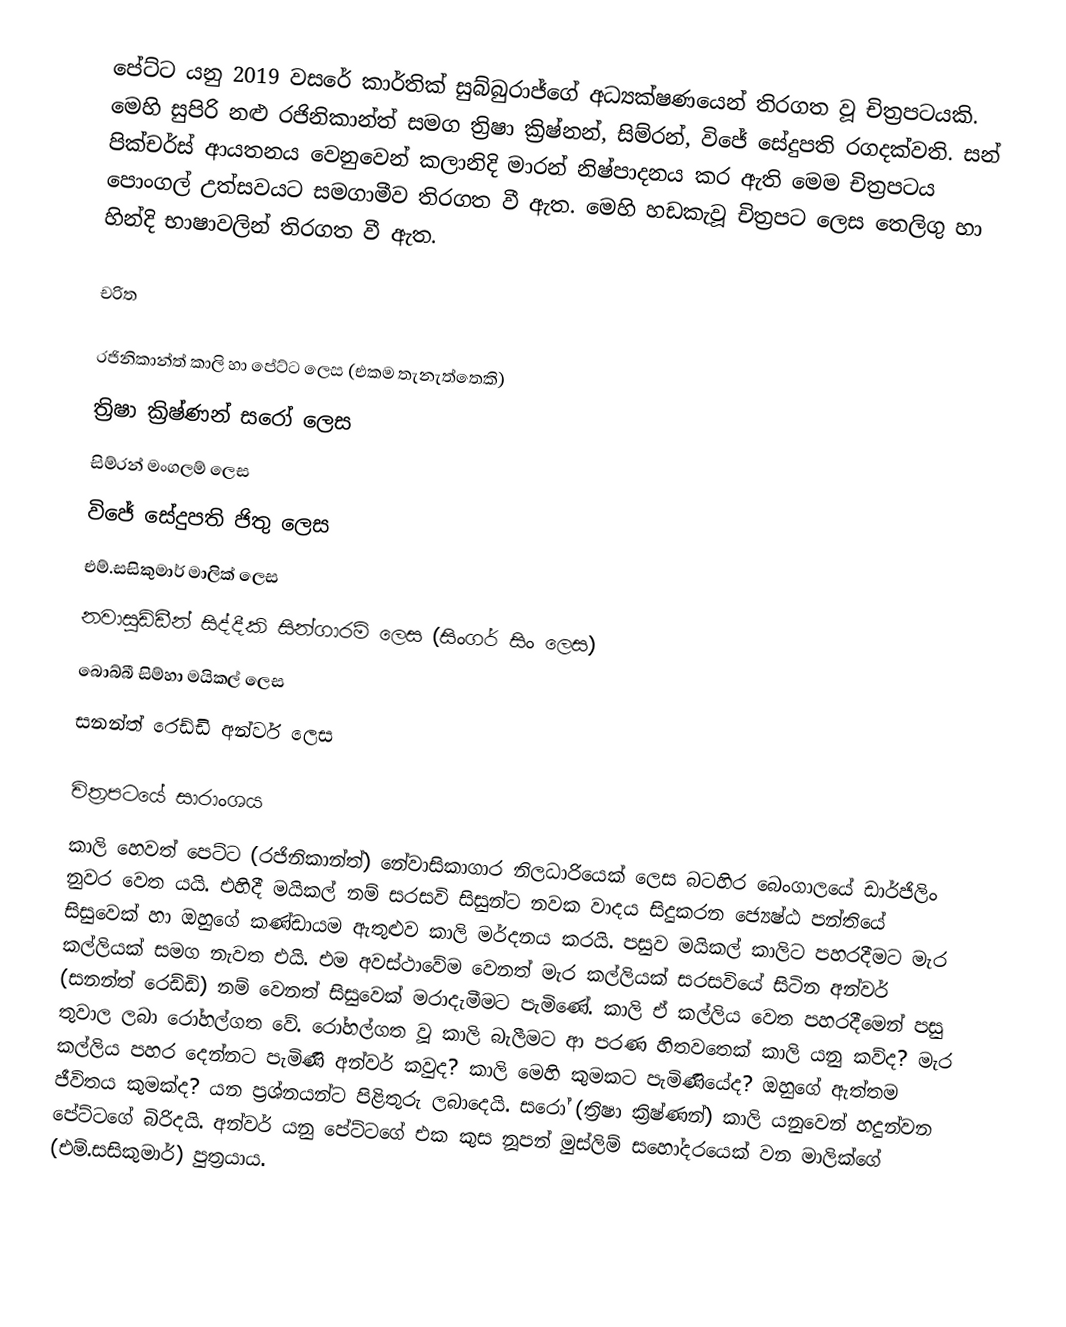
පේට්ට යනු 2019 වසරේ කාර්තික් සුබ්බුරාජ්ගේ අධ්‍යක්ෂණයෙන් තිරගත වූ චිත්‍රපටයකි. මෙහි සුපිරි නළු රජිනිකාන්ත් සමග ත්‍රිෂා ක්‍රිෂ්නන්, සිම්රන්, විජේ සේදුපති රගදක්වති. සන් පික්චර්ස් ආයතනය වෙනුවෙන් කලානිදි මාරන් නිෂ්පාදනය කර ඇති මෙම චිත්‍රපටය පොංගල් උත්සවයට සමගාමීව තිරගත වී ඇත. මෙහි හඩකැවූ චිත්‍රපට ලෙස තෙලිගු හා හින්දි භාෂාවලින් තිරගත වී ඇත.

චරිත

 රජිනිකාන්ත් කාලි හා පේට්ට ලෙස (එකම තැනැත්තෙකි)
 ත්‍රිෂා ක්‍රිෂ්ණන් සරෝ ලෙස
 සිම්රන් මංගලම් ලෙස
 විජේ සේදුපති ජිතු ලෙස
 එම්.සසිකුමාර් මාලික් ලෙස
නවාසුඩ්ඩීන් සිද්දීකි සින්ගාරම් ලෙස (සිංගර් සිං ලෙස)
බොබ්බී සිම්හා මයිකල් ලෙස
සනන්ත් රෙඩ්ඩි අන්වර් ලෙස

චිත්‍රපටයේ සාරාංශය
කාලි හෙවත් පෙට්ට (රජිනිකාන්ත්) නේවාසිකාගාර නිලධාරියෙක් ලෙස බටහිර බෙංගාලයේ ඩාර්ජිලිං නුවර වෙත යයි. එහිදී මයිකල් නම් සරසවි සිසුන්ට නවක වාදය සිදුකරන ජ්‍යෙෂ්ඨ පන්තියේ සිසුවෙක් හා ඔහුගේ කණ්ඩායම ඇතුළුව කාලි මර්දනය කරයි. පසුව මයිකල් කාලිට පහරදීමට මැර කල්ලියක් සමග නැවත එයි. එම අවස්ථාවේම වෙනත් මැර කල්ලියක් සරසවියේ සිටින අන්වර් (සනන්ත්‍ රෙඩ්ඩි) නම් වෙනත් සිසුවෙක් මරාදැමීමට පැමිණේ. කාලි ඒ කල්ලිය වෙත පහරදීමෙන් පසු තුවාල ලබා රෝහල්ගත වේ. රෝහල්ගත වූ කාලි බැලීමට ආ පරණ හිතවතෙක් කාලි යනු කව්ද? මැර කල්ලිය පහර දෙන්නට පැමිණි අන්වර් කවුද? කාලි මෙහි කුමකට පැමිණියේද? ඔහුගේ ඇත්තම ජීවිතය කුමක්ද? යන ප්‍රශ්නයන්ට පිළිතුරු ලබාදෙයි. සරෝ (ත්‍රිෂා ක්‍රිෂ්ණන්) කාලි යනුවෙන් හදුන්වන පේට්ටගේ බිරිදයි. අන්වර් ‍යනු පේට්ටගේ එක කුස නූපන් මුස්ලිම් සහෝදරයෙක් වන මාලික්ගේ (එම්.සසිකුමාර්) පුත්‍රයාය.